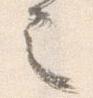
之